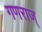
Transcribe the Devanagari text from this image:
गणराज्